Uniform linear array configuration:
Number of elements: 48
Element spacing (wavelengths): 0.25
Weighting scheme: exponential
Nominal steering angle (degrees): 60
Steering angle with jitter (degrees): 58.371
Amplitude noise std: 0.05
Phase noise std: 0.05

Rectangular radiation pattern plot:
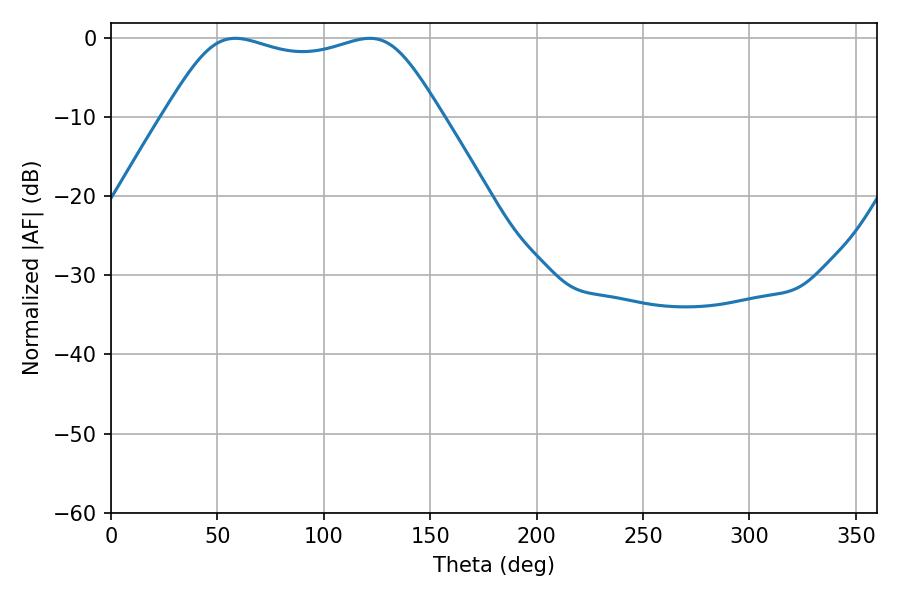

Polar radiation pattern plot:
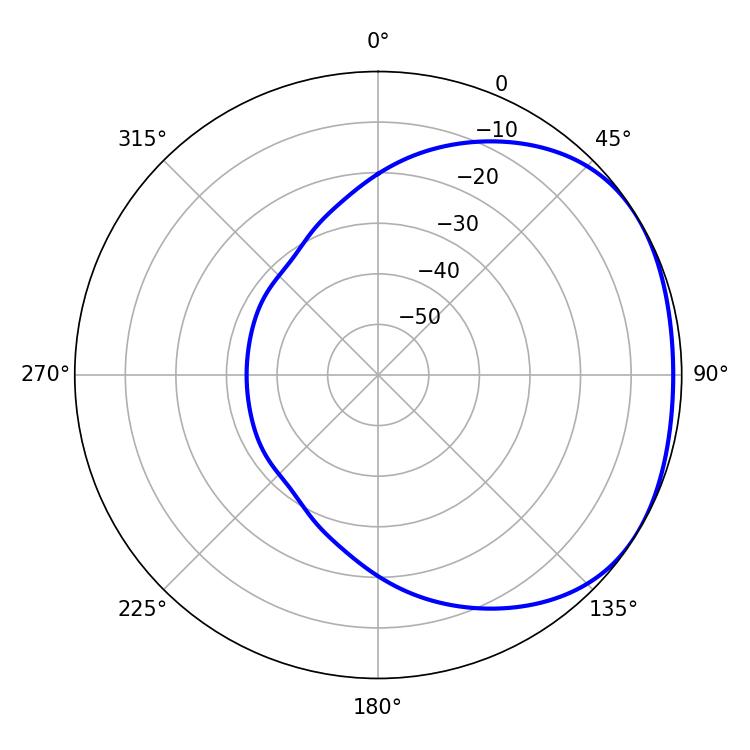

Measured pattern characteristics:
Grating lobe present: FALSE
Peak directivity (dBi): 1.733
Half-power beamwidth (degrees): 99.36
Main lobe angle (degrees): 58.5